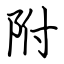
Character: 附